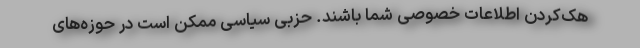
هک‌کردن اطلاعات خصوصی شما باشند. حزبی سیاسی ممکن است در حوزه‌های